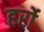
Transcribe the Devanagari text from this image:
हर्रो